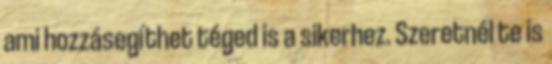
ami hozzásegíthet téged is a sikerhez. Szeretnél te is